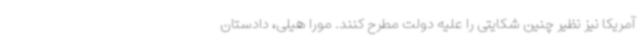
آمریکا نیز نظیر چنین شکایتی را علیه دولت مطرح کنند. مورا هیلی، دادستان